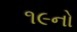
૧૯નો